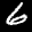
Label: 6